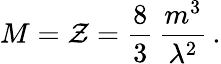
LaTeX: M={\cal Z}=\frac{8}{3}\, \frac{m^{3}}{\lambda^{2}}\, .